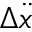
\Delta \ddot { x }